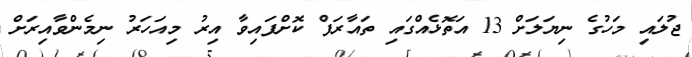
ޖުލައި މަހުގެ ނިޔަލަށް 13 އަތޮޅެއްގައި ތައާރަފް ކޮށްފައިވާ އިރު މިއަހަރު ނިމެންވާއިރަށް